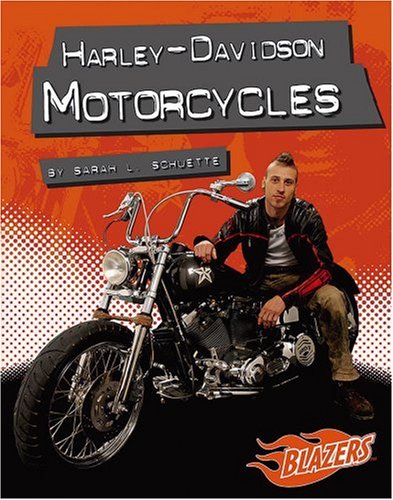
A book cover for Harley-Davidson Motorcycles (Horsepower); Sarah L. Schuette; Children's Books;